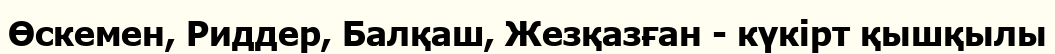
Өскемен, Риддер, Балқаш, Жезқазған - күкірт қышқылы